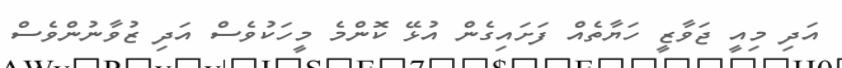
އަދި މިއީ ޖަވާޒީ ހަޔާތެއް ފަށައިގެން އުޅޭ ކޮންމެ މީހަކުވެސް އަދި ޒުވާނުންވެސް